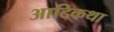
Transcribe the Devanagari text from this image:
आदिकथा